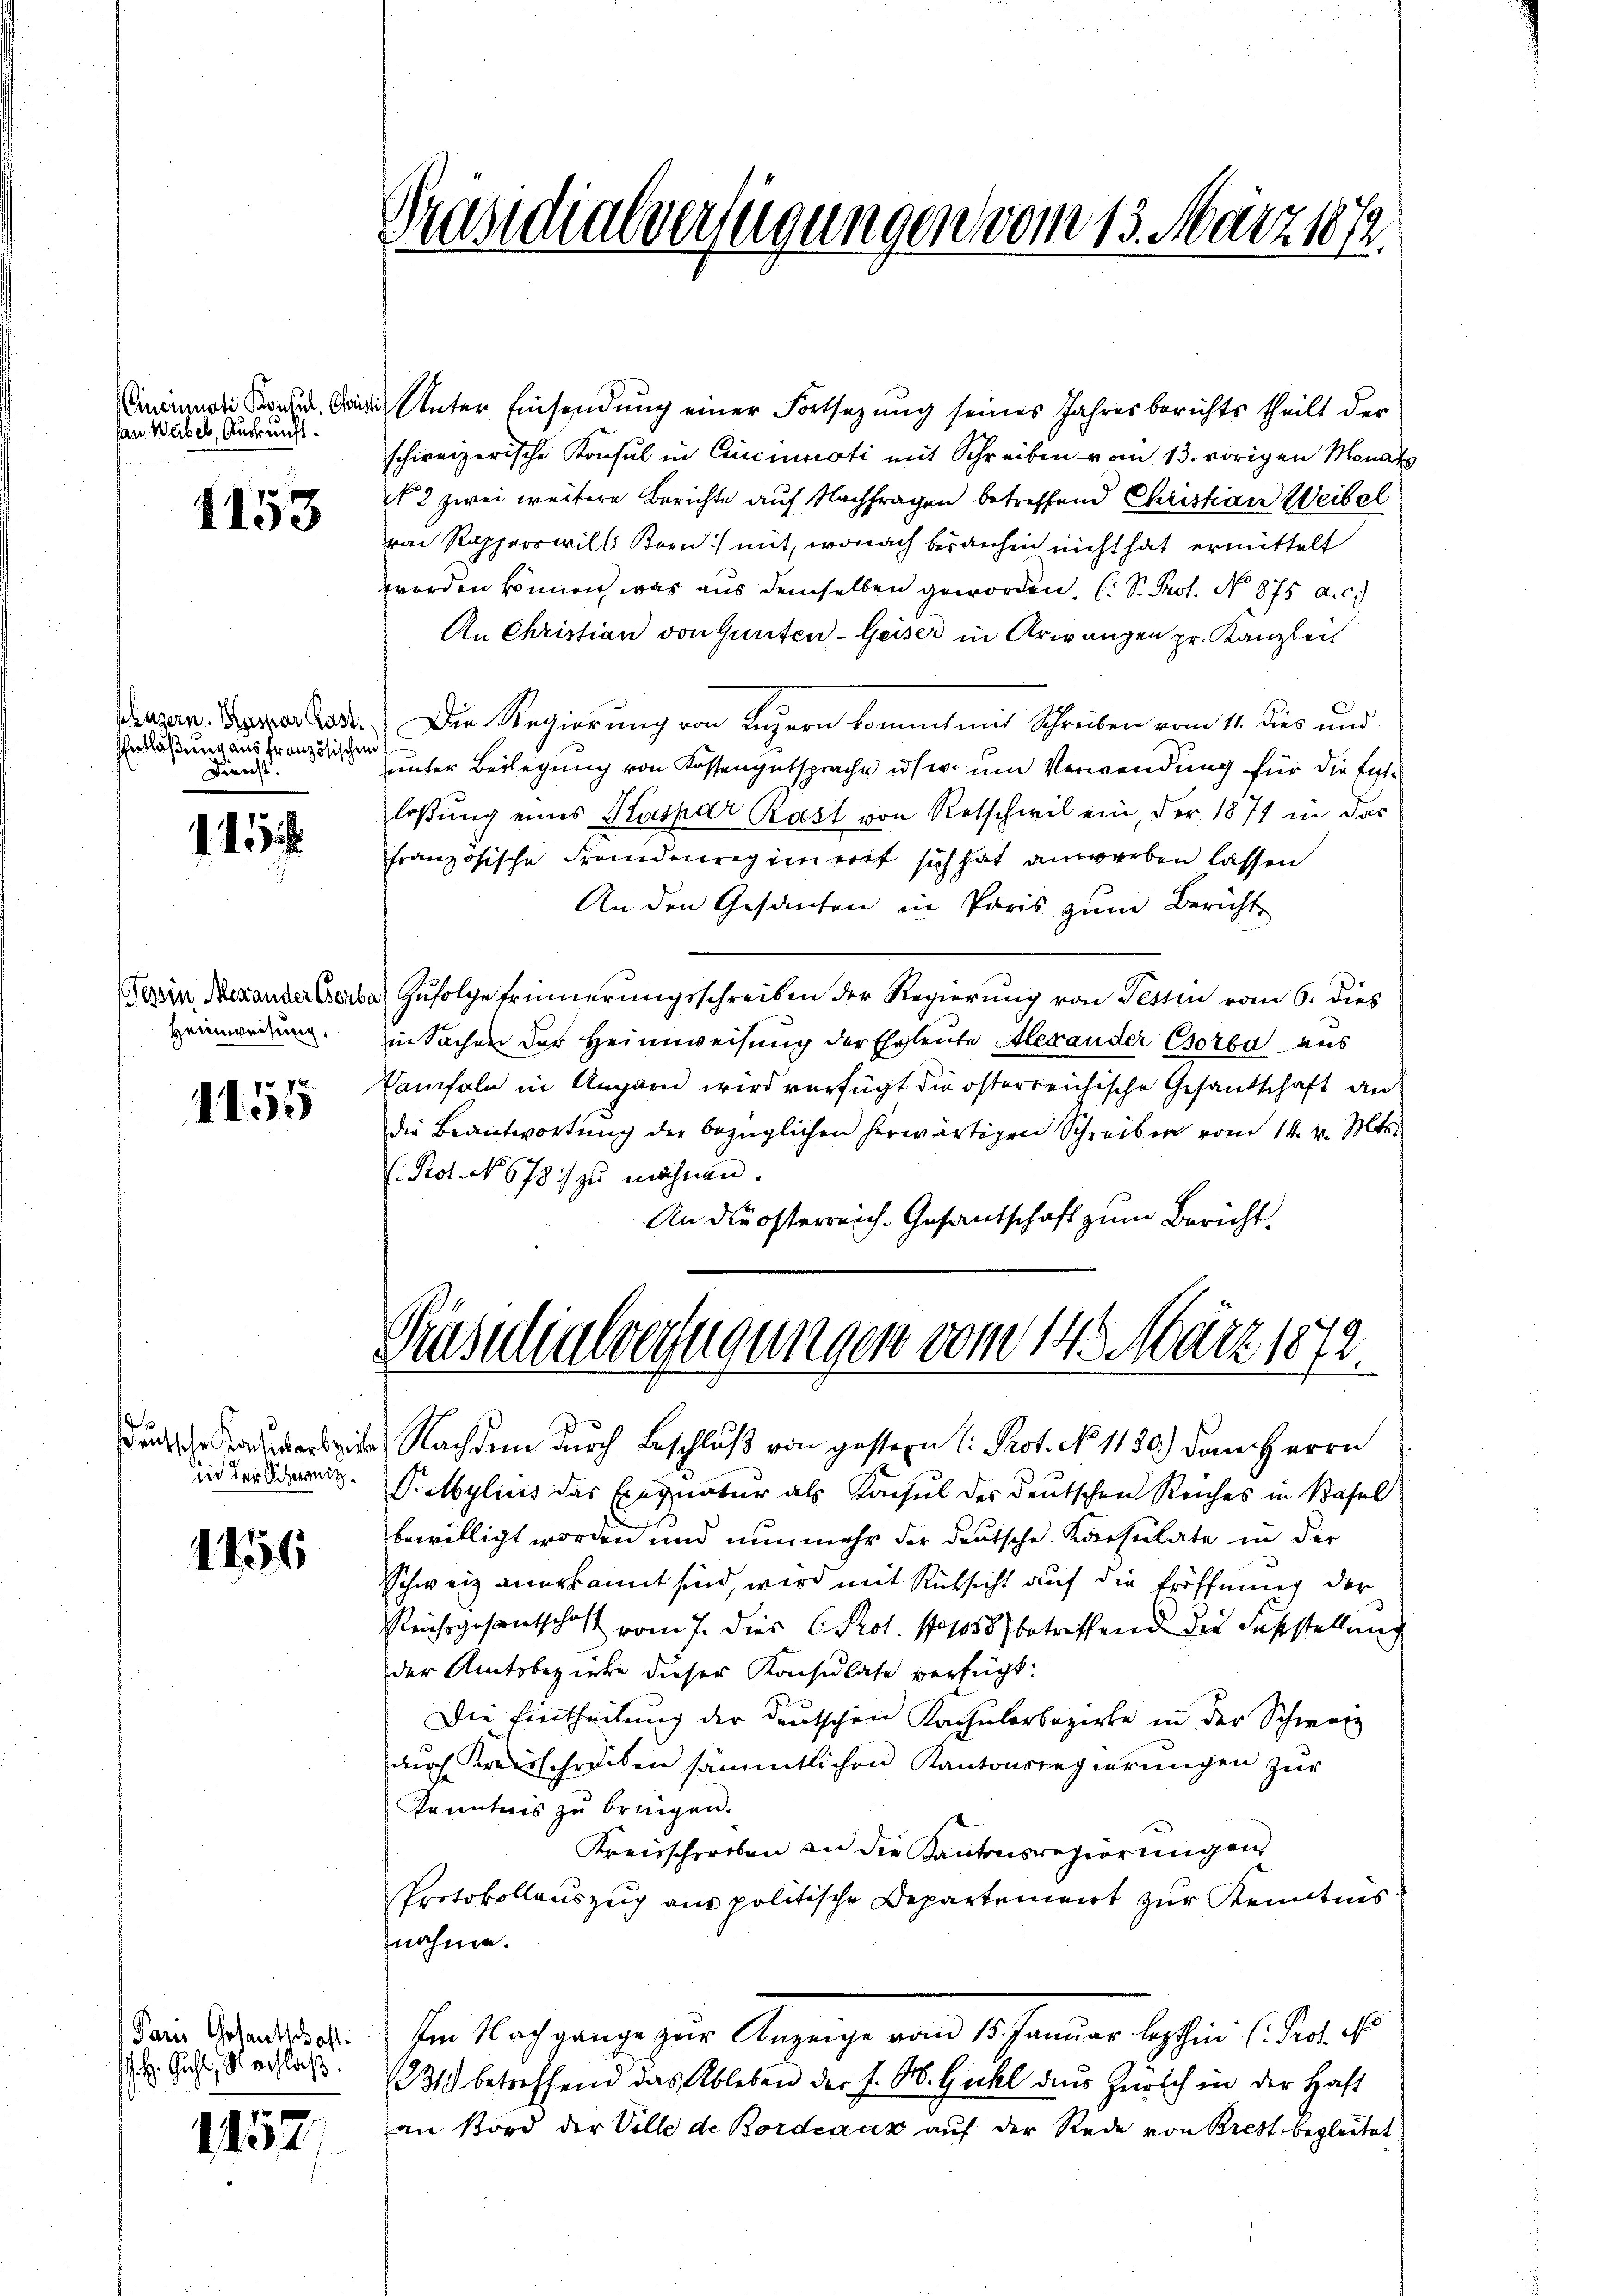
Cincinati Konsul, Christ
san Weibel, Auskunft.

1153

szügern. Kaspar Rast
Entlaßung aus französischen
Dienst.

11.

Tessin Mexander Beil
Heimweisung.

1155

d
in der Schweiz.

1456

Paris Gotantschafte
.H. Guhl, Nachlaß

1152

Präsidialverzeigungen vom 13. März 1812.

d Unter Einsendung einer Fortsetzung seines Jahresberichts theilt der
schweizerische Konsul in Cinciati mit Schreiben vom 13. vorigen Monat
2 zwei weitere Berichte auf Nachfragen betreffend Christian Weibel
ron Rapperswill Korn mit, wonach bisanhin nicht hat ermittelt
worden können, was aus demselben geworden, C. S. Prof. No 875 a. c.
An Christian von Gunten Geiser in Arwangen pr. Kanzlei
Die Regierung von Luzern kommt mit Schreiben vom 11. Dies und
unser Beilegung von Kossengutsprache usw. um Verwendung für die Entlosung eines Kaspar Rast von Retschwil ein, der 1871 in das
französische Frandenregimerit sich hat anwerben lassen
An den Gesanten in Paris zum Bericht
a Zufolge Erinnerungsschreiben der Regierung von Tessin vom 6. dies
in Sachen der Heimweisung der Ehrleute Alexander Csorba aus
Vamfeln in Ungarn wird verfügt die österreichische Gesandschaft an
die Beantwortŭng der bezüglichen herwärtigen Schreiben vom 14. v. Mts.
Rot. No 678 zu mähnen.
An die österreich-Gesantschaft zum Bericht,

Präsidialverfügungen vom 14. März 1872.

Nachdem durch Beschluß von gestern Prot. No 1150) dem Herrn
Pylius das Exequatur als Konsul des deutschen Reiches in Basel
bewilligt worden und nunmehr der deutsche Konsulate in der
Schweiz anerkannt sind, wird mit Rücksicht auf die Eröffnung der
Reichsgesantschaft vom 7. dies C. Prot. No 1858 betreffend die Feststellung
der Amtsbezirke dieser Konsulate verfügt:
Die Eintheilung der Deutschen Kachulorbozirte in der Schwarz
durch Kreisschreiben sämmtlichen Kantonsregierungen zur
Kenntnis zu bringen.
Kreisschreiben an die Kantonsregierungen
Protokollauszug aus politische Departement zur Kenntnis
nahme.
Im Nachgange zur Anzeige vom 15. Januar lezthin (Prof. N
1331) betreffend das Ableben der J. M. Guhl aus Zürich in der Haft
an Nord der Ville de Bordeaux auf der Rede von Brest begleitet